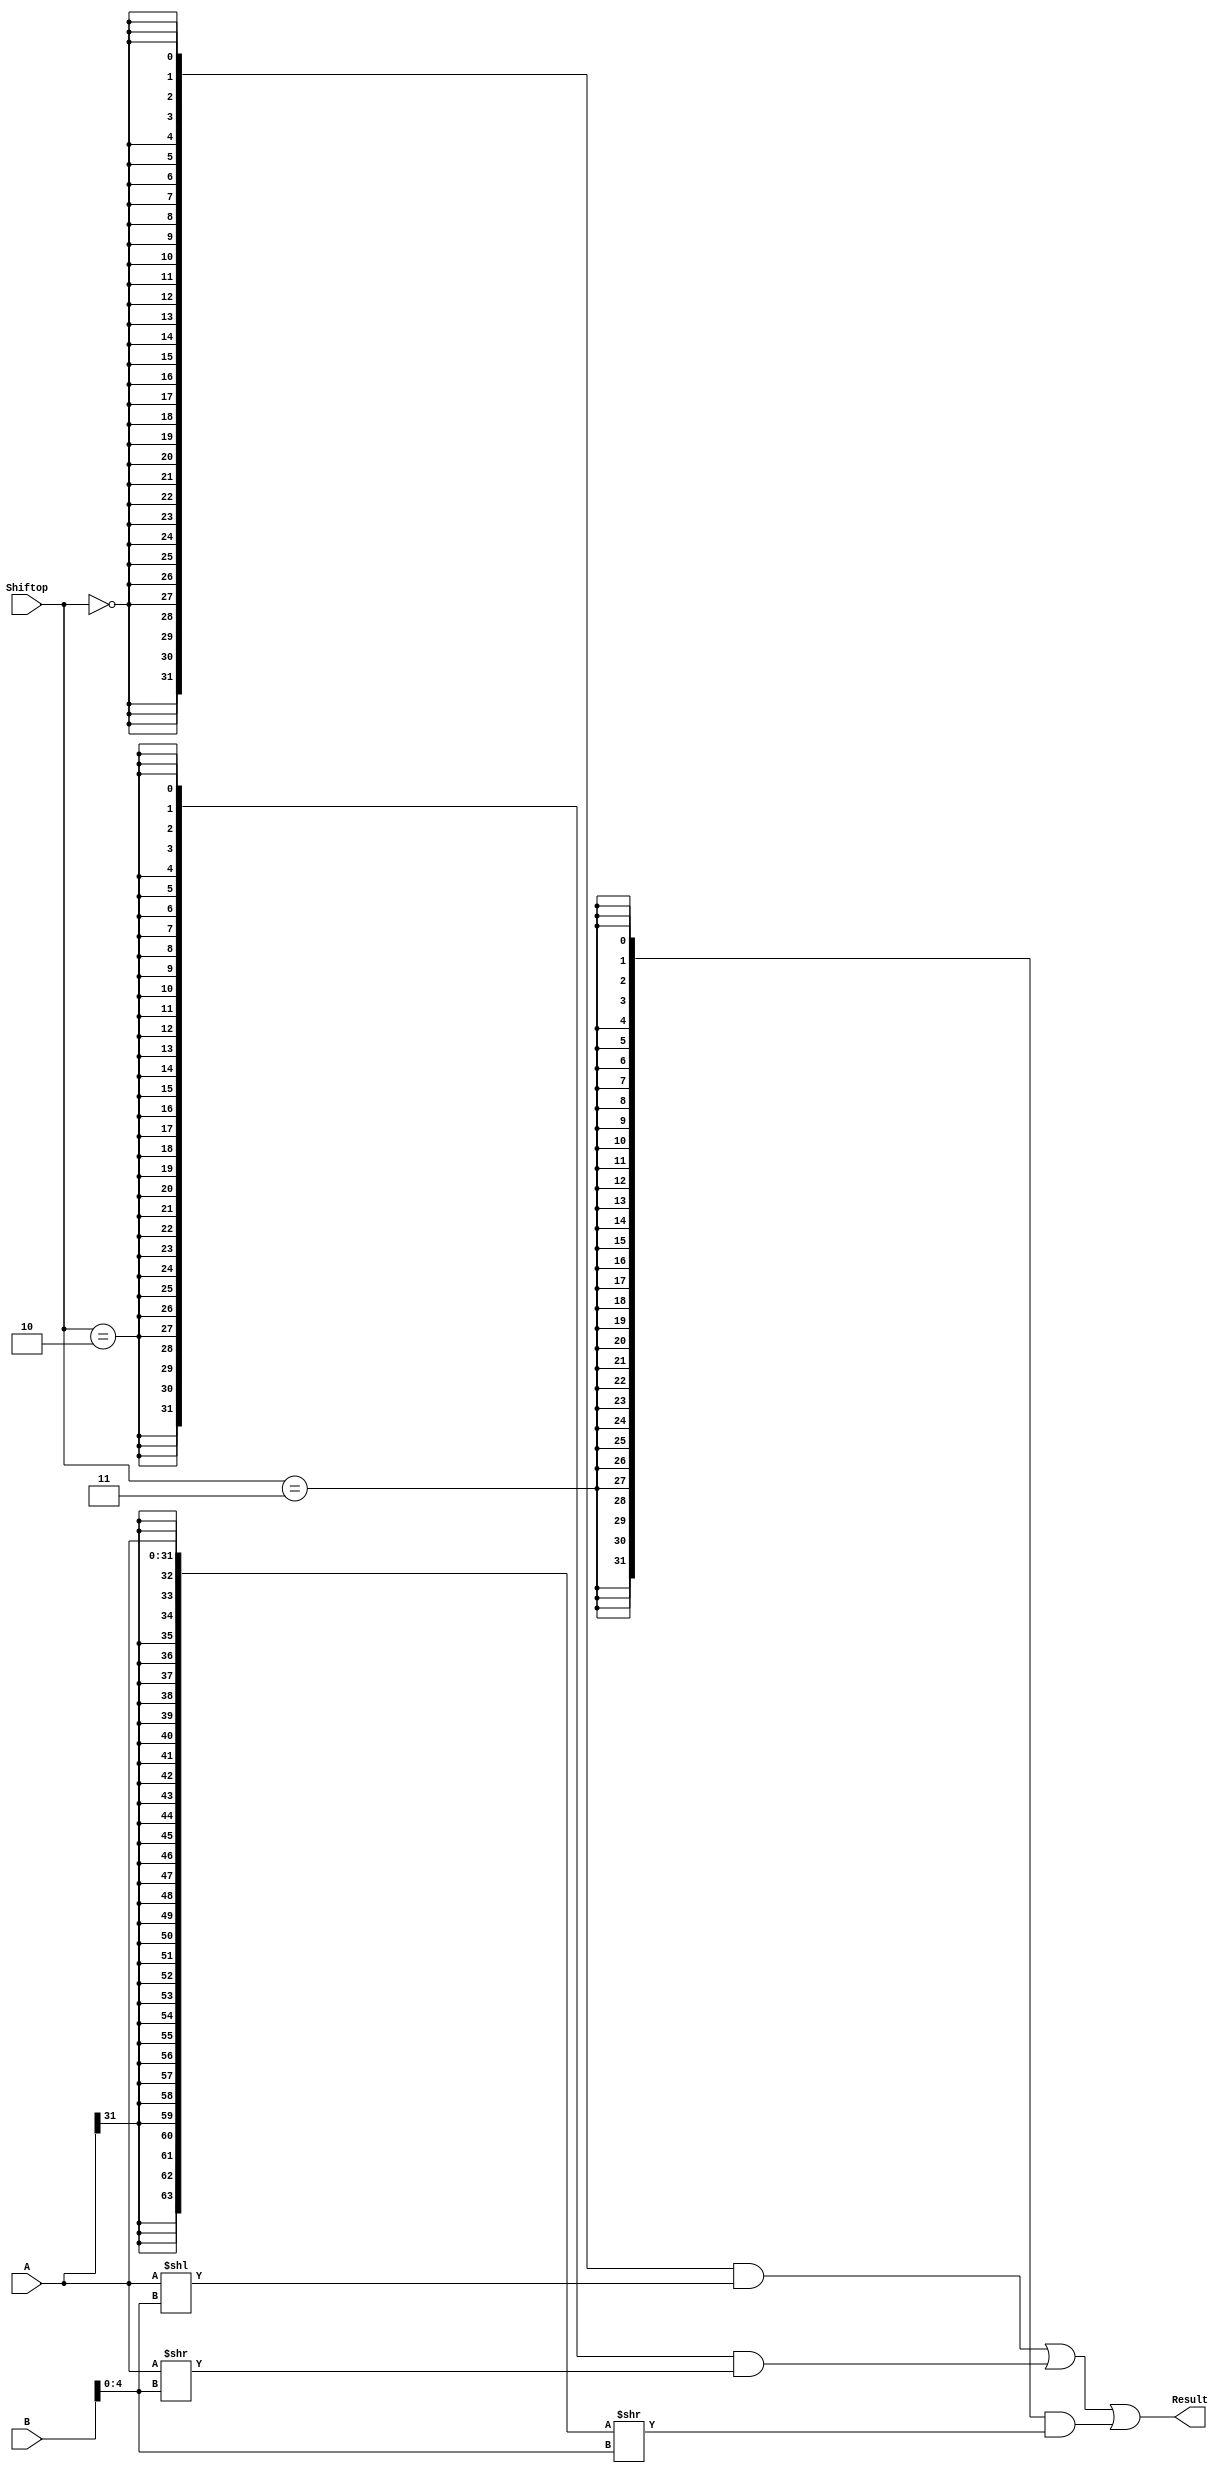
`timescale 10 ns / 1 ns

`define DATA_WIDTH 32

module shifter (
	input [`DATA_WIDTH - 1:0] A,
	input [`DATA_WIDTH - 1:0] B,
	input [1:0] Shiftop,
	output [`DATA_WIDTH - 1:0] Result
);

	// TODO: Please add your logic code here

parameter sll = 2'b00;
parameter srl = 2'b10;
parameter sra = 2'b11;

assign Result = ({ 32{ Shiftop == sll } } & A<<B[4:0] ) |
                ({ 32{ Shiftop == srl } } & A>>B[4:0] ) |
                ({ 32{ Shiftop == sra } } & ({{32{A[31]}},A}>>B[4:0]) );

endmodule